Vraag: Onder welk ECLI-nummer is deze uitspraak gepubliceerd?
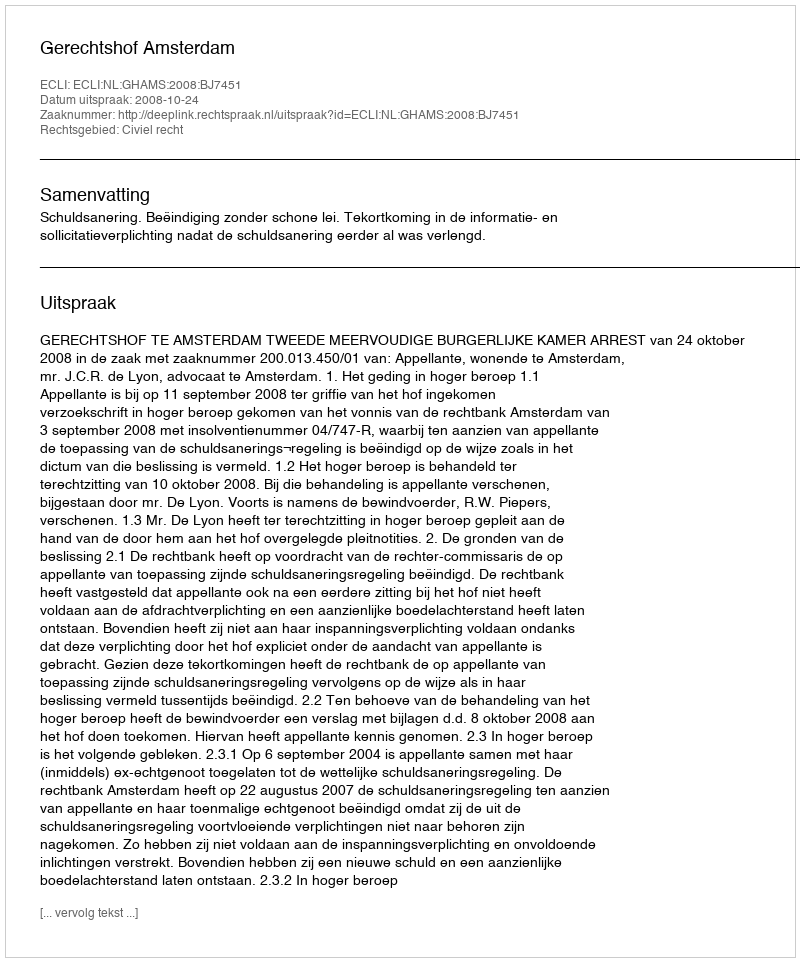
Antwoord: ECLI:NL:GHAMS:2008:BJ7451